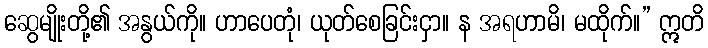
ဆွေမျိုးတို့၏ အနွယ်ကို။ ဟာပေတုံ၊ ယုတ်စေခြင်းငှာ။ န အရဟာမိ၊ မထိုက်။” ဣတိ